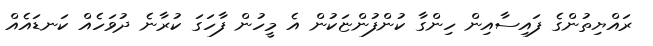
ރައްޔިތުންގެ ފައިސާއިން ހިންގާ ކުންފުންޏަކުން އެ މީހުން ފާހަގަ ކުރާނެ ދުވަހެއް ކަނޑައެއް